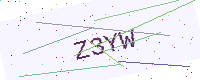
Text: Z3YW